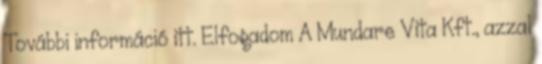
További információ itt. Elfogadom A Mundare Vita Kft., azzal